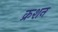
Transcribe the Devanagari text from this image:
क्रशन